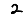
Digit: 2